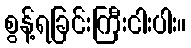
စွန့်ရခြင်းကြီးငါးပါး။